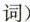
词）